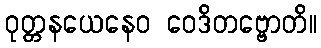
ဝုတ္တနယေနေဝ ဝေဒိတဗ္ဗောတိ။